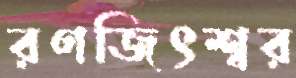
রণজিৎশ্বর